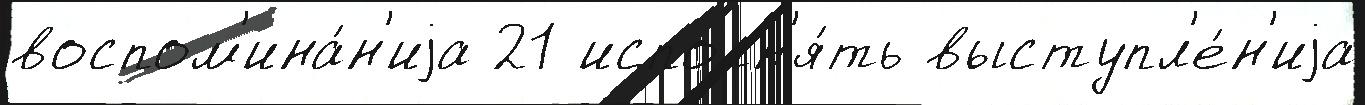
воспом'ина́н'иjа 21 исполн'я́ть выступл'е́н'иjа